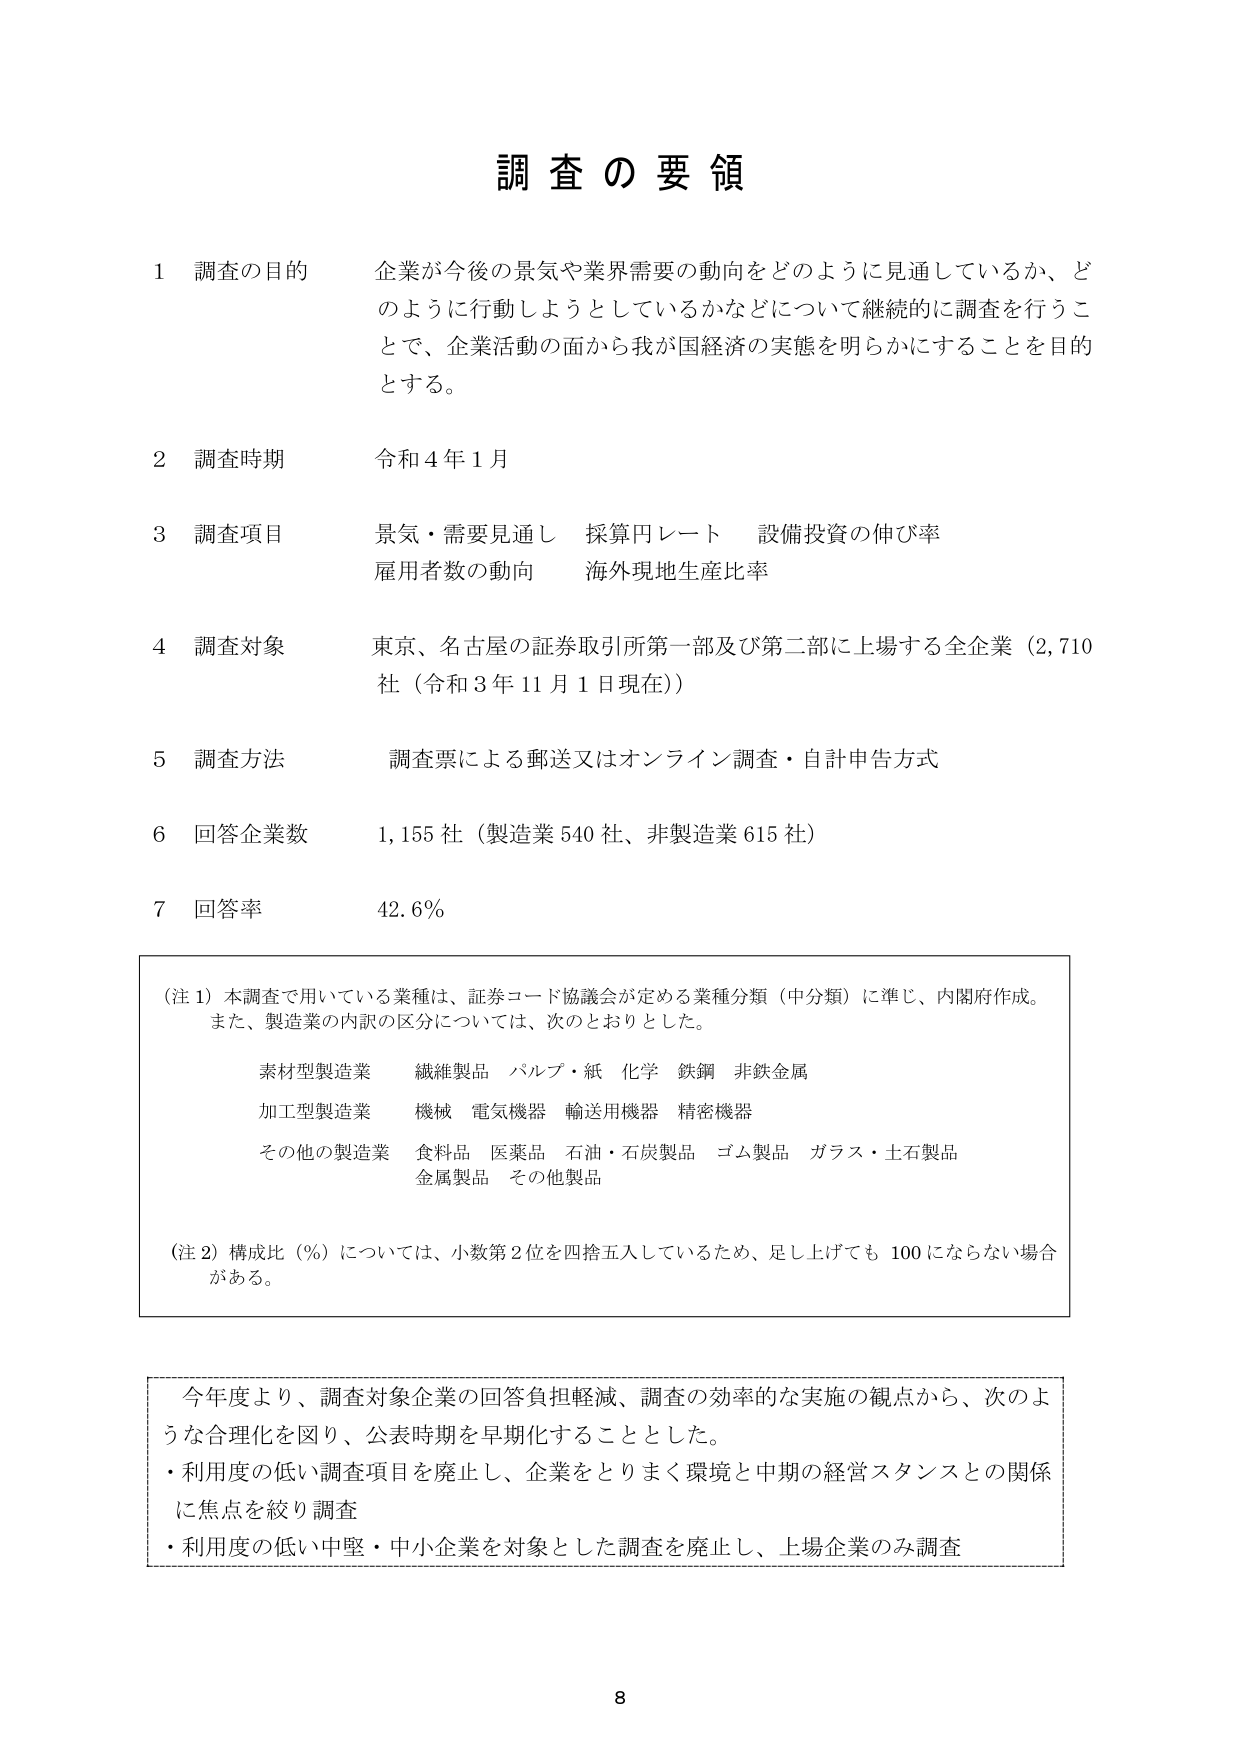
調査の要領

1 調査の目的 企業が今後の景気や業界需要の動向をどのように見通しているか、どのように行動しようとしているかなどについて継続的に調査を行うことで、企業活動の面から我が国経済の実態を明らかにすることを目的とする。

2 調査時期 令和4年1月

3 調査項目 景気・需要見通し 採算円レート 設備投資の伸び率 雇用者数の動向 海外現地生産比率

4 調査対象 東京、名古屋の証券取引所第一部及び第二部に上場する全企業（2,710社（令和3年11月1日現在））

5 調査方法 調査票による郵送又はオンライン調査・自計申告方式

6 回答企業数 1,155社（製造業540社、非製造業615社）

7 回答率 42.6%

（注1）本調査で用いている業種は、証券コード協議会が定める業種分類（中分類）に準じ、内閣府作成。また、製造業の内訳の区分については、次のとおりとした。

素材型製造業 繊維製品 パルプ・紙 化学 鉄鋼 非鉄金属
加工型製造業 機械 電気機器 輸送用機器 精密機器
その他の製造業 食料品 医薬品 石油・石炭製品 ゴム製品 ガラス・土石製品 金属製品 その他製品

（注2）構成比（％）については、小数第2位を四捨五入しているため、足し上げても100にならない場合がある。

今年度より、調査対象企業の回答負担軽減、調査の効率的な実施の観点から、次のような合理化を図り、公表時期を早期化することとした。
・利用度の低い調査項目を廃止し、企業をとりまく環境と中期の経営スタンスとの関係に焦点を絞り調査
・利用度の低い中堅・中小企業を対象とした調査を廃止し、上場企業のみ調査

8